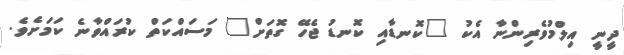
ދީނީ އިލްމުވެރިންނާ އެކު "ކޮނޑާއި ކޮނޑު ޖެހޭ ގޮތަށް" މަސައްކަތް ކުރައްވާނެ ކަމަށެވެ.